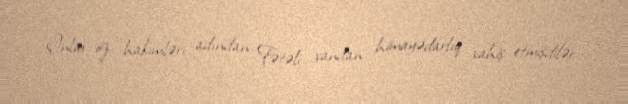
Onlar öz hakimləri adından Fətəli xandan himayədarlıq xahiş etmişdilər.